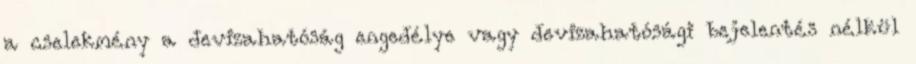
a cselekmény a devizahatóság engedélye vagy devizahatósági bejelentés nélkül